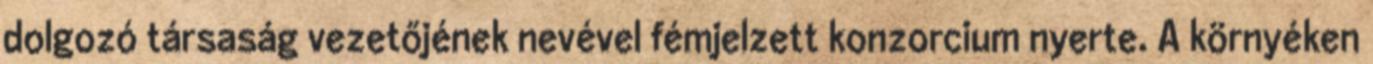
dolgozó társaság vezetőjének nevével fémjelzett konzorcium nyerte. A környéken